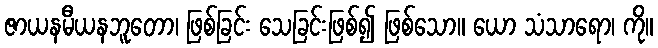
ဇာယနမီယနဘူတော၊ ဖြစ်ခြင်း သေခြင်းဖြစ်၍ ဖြစ်သော။ ယော သံသာရော၊ ကို။